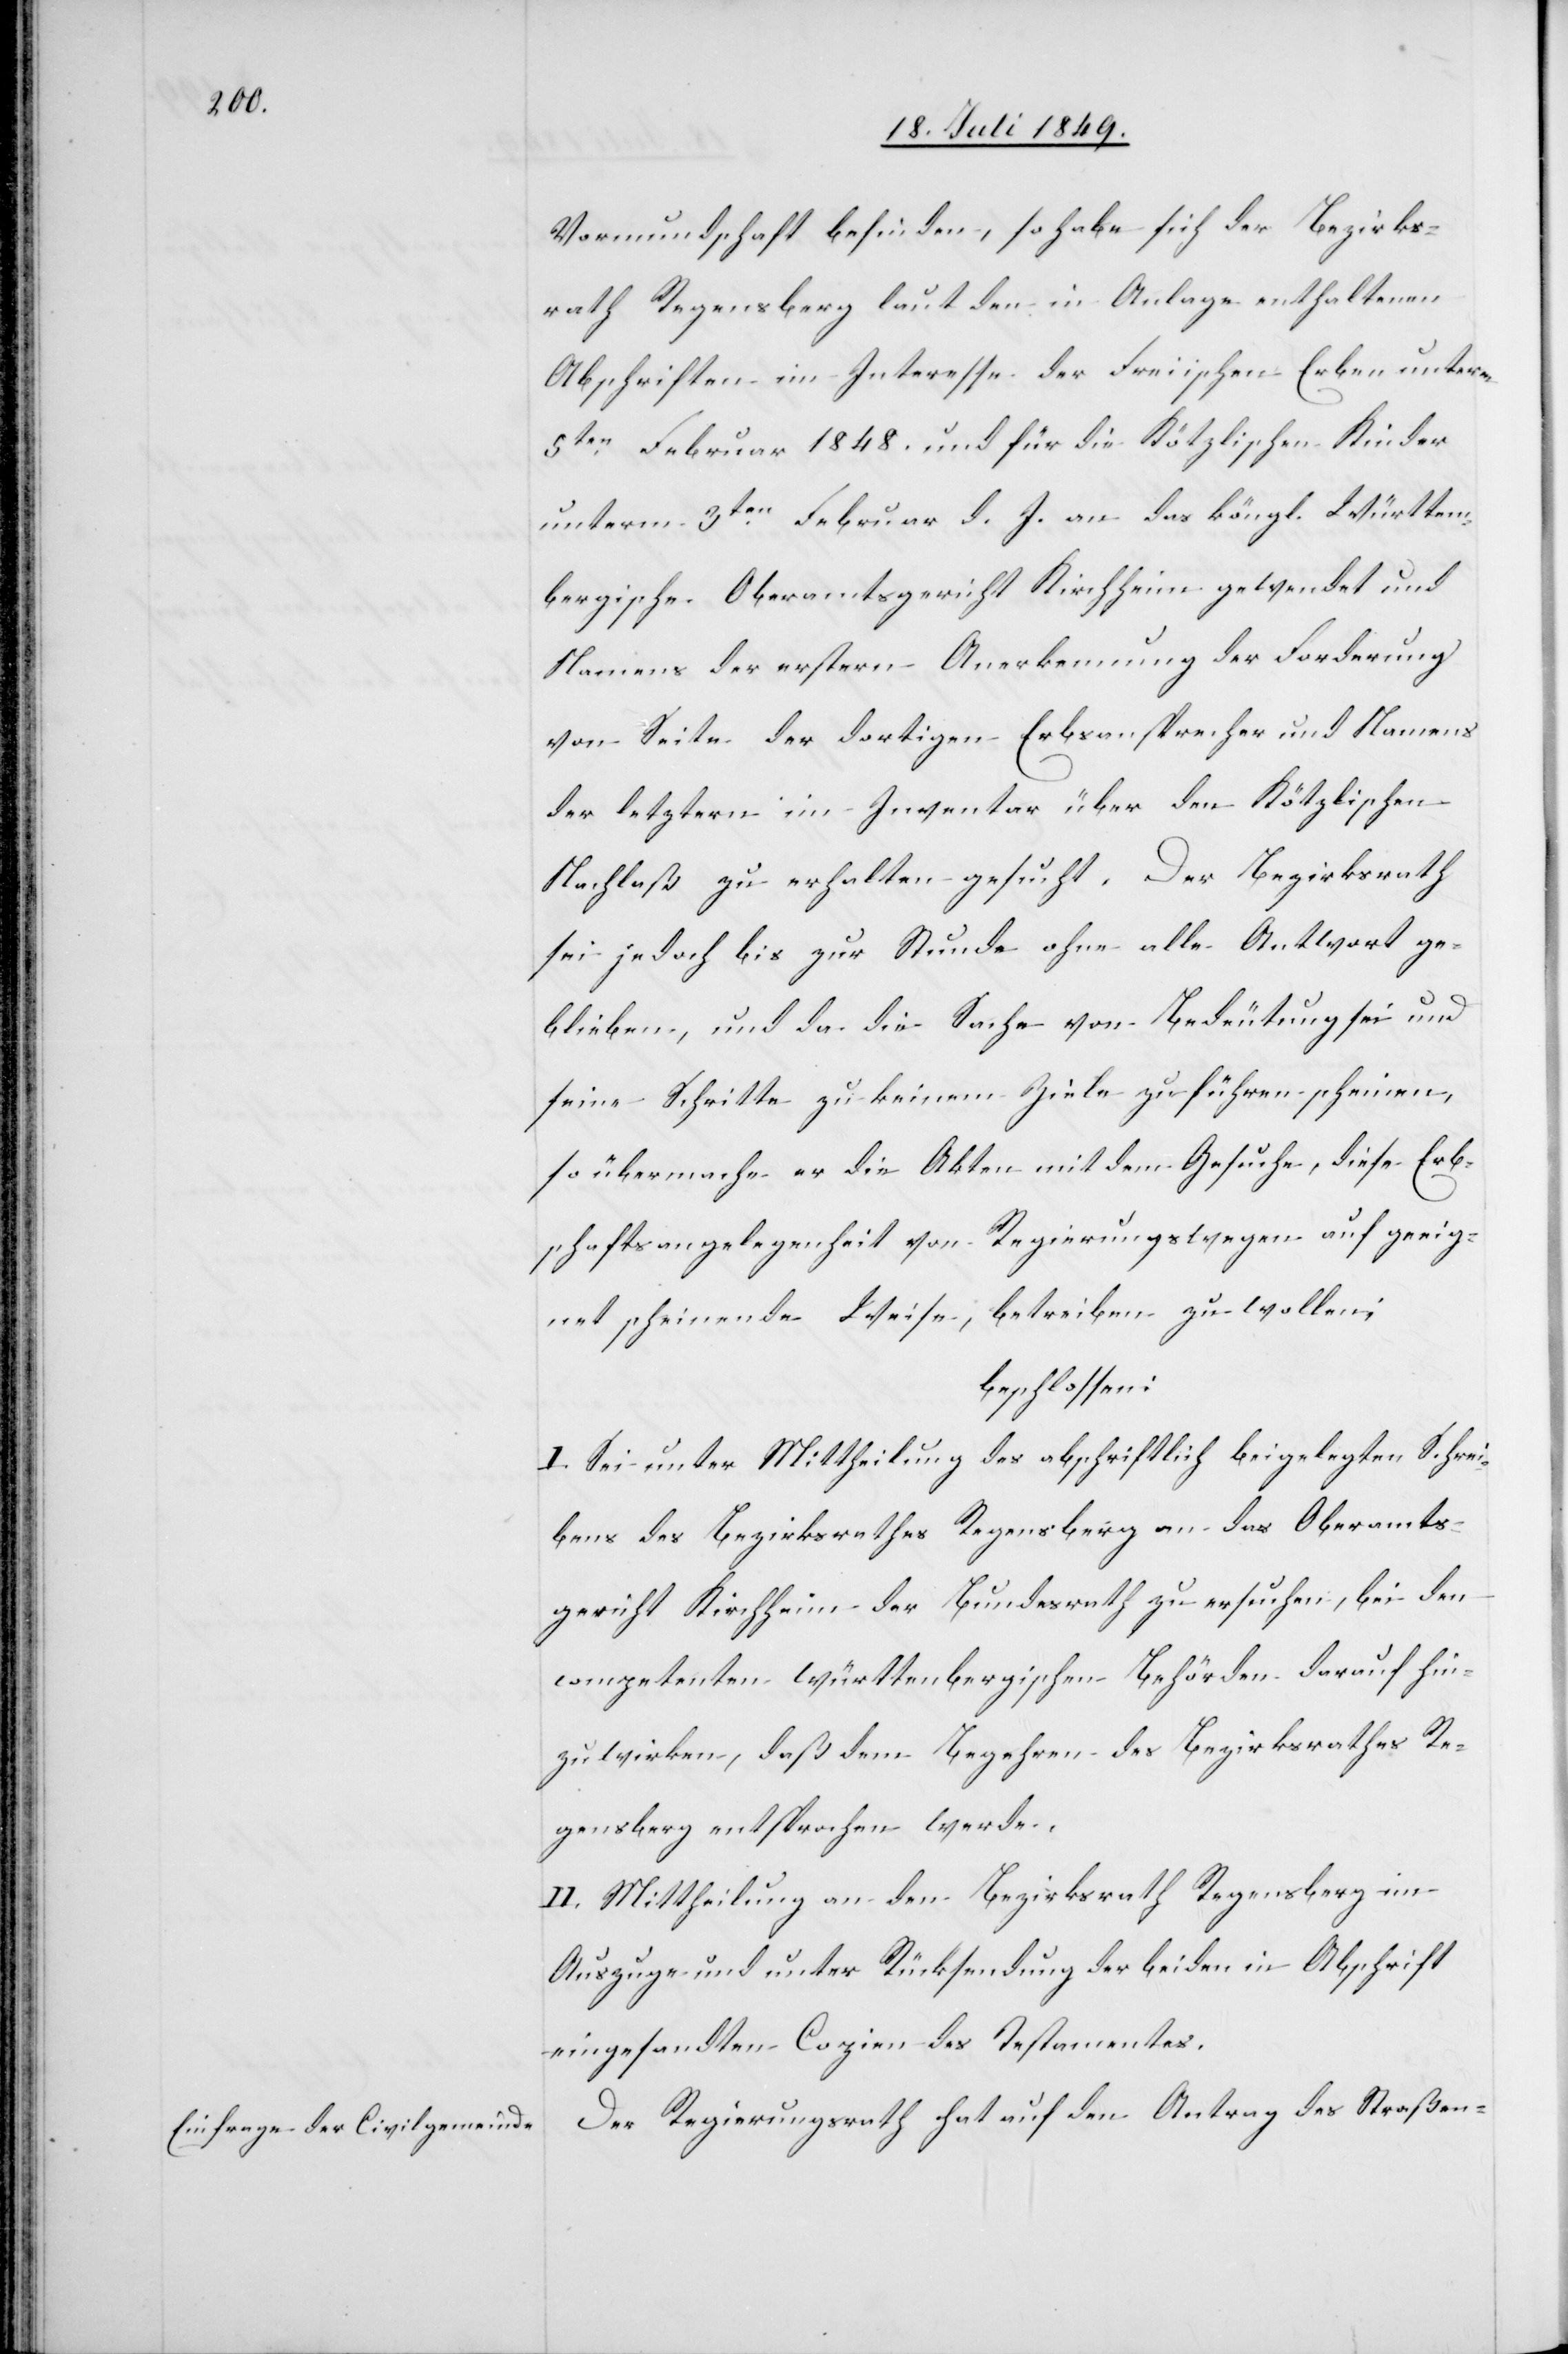
Vormundschaft befinden, so habe sich der Bezirks¬
rath Regensberg laut den in Anlage enthaltenen
Abschriften im Interesse der Freiischen Erben unterm
5ten Februar 1848. und für die Kötzlischen Kinder
unterm 3ten Februar d. J. an das köngl. Württem¬
bergische Oberamtsgericht Kirchheim gewendet und
Namens der erstern Anerkennung der Forderung
von Seite der dortigen Erbsansprecher und Namens
der letztern im Inventar über den Kötzlischen
Nachlaß zu erhalten gesucht. Der Bezirksrath
sei jedoch bis zur Stunde ohne alle Antwort ge¬
blieben, und da die Sache von Bedeutung sei und
seine Schritte zu keinem Ziele zu führen scheinen,
so übermache er die Akten mit dem Gesuche, diese Erb¬
schaftsangelegenheit von Regierungswegen auf geeig¬
net scheinende Weise, betreiben zu wollen;
beschlossen:
I. Sei unter Mittheilung des abschriftlich beigelegten Schrei¬
bens des Bezirksrathes Regensberg an das Oberamts¬
gericht Kirchheim der Bundesrath zu ersuchen, bei den
competenten württembergischen Behörden darauf hin¬
zuwirken, daß dem Begehren des Bezirksrathes Re¬
gensberg entsprochen werde.
II. Mittheilung an den Bezirksrath Regensberg im
Auszuge und unter Rücksendung der beiden in Abschrift
eingesandten Copien des Testamentes.
Der Regierungsrath hat auf den Antrag des Straßen-